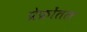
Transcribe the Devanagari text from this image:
प्रेफ्रोंतल